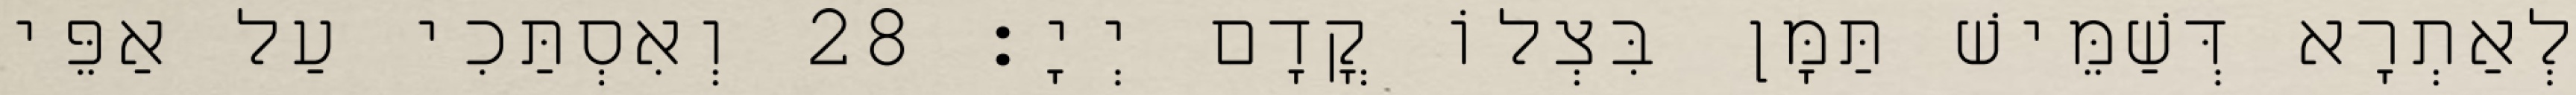
לְאַתְרָא דְּשַׁמֵּישׁ תַּמָּן בִּצְלוֹ קֳדָם יְיָ׃ 28 וְאִסְתַּכִי עַל אַפֵּי